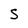
Character: S